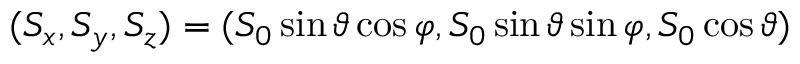
( S _ { x } , S _ { y } , S _ { z } ) = ( S _ { 0 } \sin \vartheta \cos \varphi , S _ { 0 } \sin \vartheta \sin \varphi , S _ { 0 } \cos \vartheta )